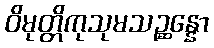
ဝိမုတ္တိကုသုမသဉ္ဆန္နော